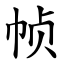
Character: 帧